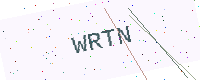
Text: WRTN